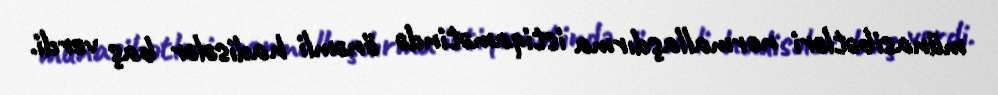
münasibətləri normallaşdırma istiqamətində önəmli hadisələr baş verdi.